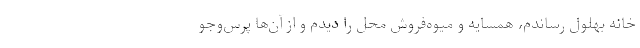
خانه بهلول رساندم، همسایه و میوه‌فروش محل را دیدم و از آن‌ها پرس‌و‌جو